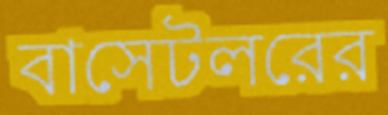
বাসেটলরের